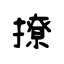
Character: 撩